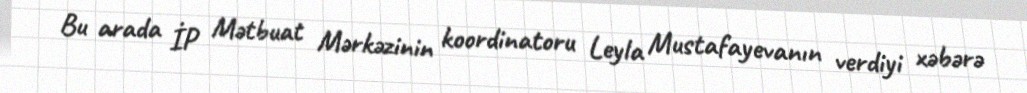
Bu arada İP Mətbuat Mərkəzinin koordinatoru Leyla Mustafayevanın verdiyi xəbərə